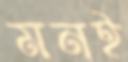
মনই